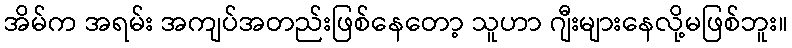
အိမ်က အရမ်း အကျပ်အတည်းဖြစ်နေတော့ သူဟာ ဂျီးများနေလို့မဖြစ်ဘူး။